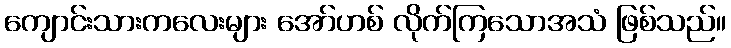
ကျောင်းသားကလေးများ အော်ဟစ် လိုက်ကြသောအသံ ဖြစ်သည်။